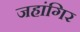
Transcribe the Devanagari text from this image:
जहांगिर